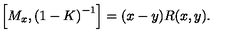
\left[ M _ { x } , \left( 1 - K \right) ^ { - 1 } \right] = ( x - y ) R ( x , y ) .